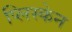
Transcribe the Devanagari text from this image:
प्लिस्केन